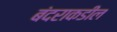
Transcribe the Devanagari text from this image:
बंदराकडील